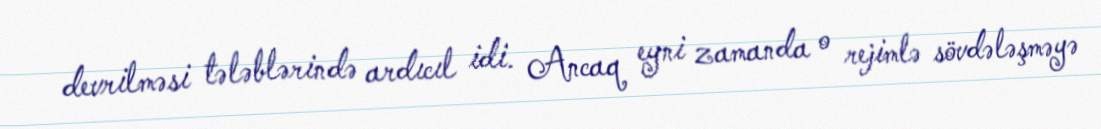
devrilməsi tələblərində ardıcıl idi. Ancaq eyni zamanda o rejimlə sövdələşməyə